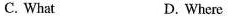
C. What D. Where